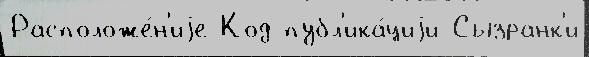
Расположе́н'иjе Код публ'ика́циjи Сызранк'и